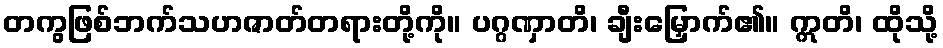
တကွဖြစ်ဘက်သဟဇာတ်တရားတို့ကို။ ပဂ္ဂဏှာတိ၊ ချီးမြှောက်၏။ ဣတိ၊ ထိုသို့